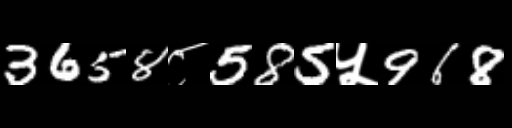
Text: 3658८585५968